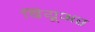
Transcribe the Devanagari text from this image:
ब्रियूअर